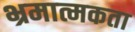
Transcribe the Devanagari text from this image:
भ्रमात्मकता